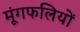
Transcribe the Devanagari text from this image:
मूंगफलियों